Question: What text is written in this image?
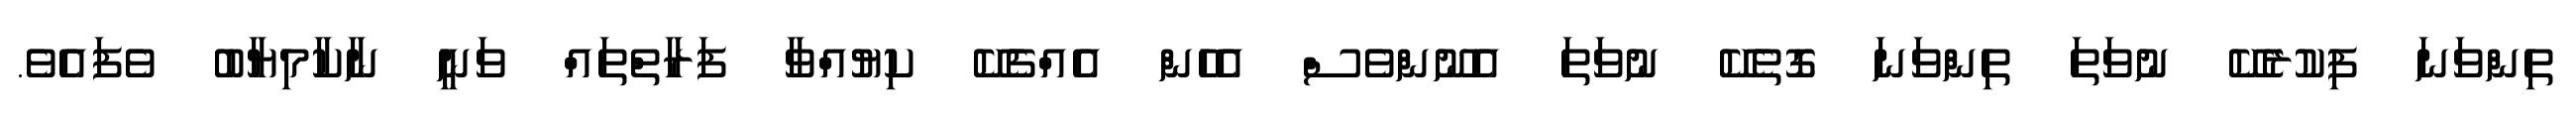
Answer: ތިންވަނަ ފިކުރެކޭ ނުވަތަ ތިންވަނަ ގޮތެކޭ ނުވަތަ އެނޫންވެސް އެހެން އެއްޗެކޭ ކިޔުއްވާ ފަރާތްތައް ވަނީ ނާކާމިޔާބު ވެފައެވެ.